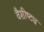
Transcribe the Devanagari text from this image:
वैशीष्ट्य